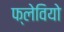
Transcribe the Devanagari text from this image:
फ्लेवियो